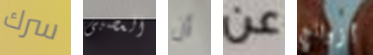
سرك العصبى أن عن أزواج